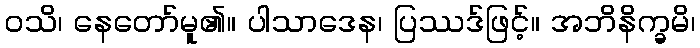
ဝသိ၊ နေတော်မူ၏။ ပါသာဒေန၊ ပြဿဒ်ဖြင့်။ အဘိနိက္ခမိ၊